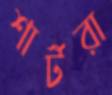
শার্টরা